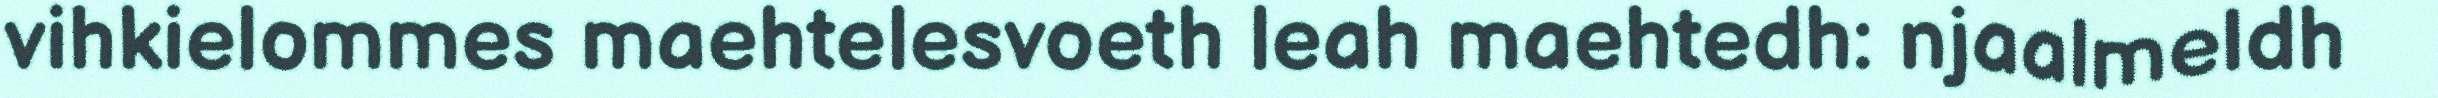
vihkielommes maehtelesvoeth leah maehtedh: njaalmeldh